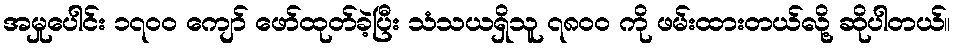
အမှုပေါင်း ၁၇၀၀ ကျော် ဖော်ထုတ်ခဲ့ပြီး သံသယရှိသူ ၇၈၀၀ ကို ဖမ်းထားတယ်လို့ ဆိုပါတယ်။